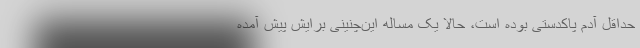
حداقل آدم پاکدستی بوده است، حالا یک مساله این‌چنینی برایش پیش آمده